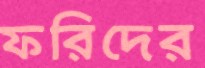
ফরিদের